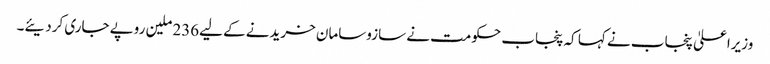
وزیراعلیٰ پنجاب نے کہا کہ پنجاب حکومت نے سازوسامان خریدنے کے لیے236 ملین روپے جاری کردیئے۔